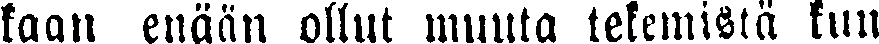
kaan enään ollut muuta tekemistä kun